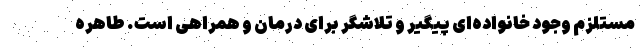
مستلزم وجود خانواده‌ای پیگیر و تلاشگر برای درمان و همراهی است. طاهره